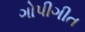
ગોપીગીત